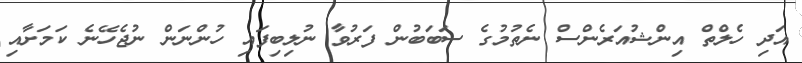
އަދި ހެލްތް އިންޝުއަރެންސް ނެތުމުގެ ސަބަބުން ފަރުވާ ނުލިބިފައި ހުންނަން ނުޖެހޭނެ ކަމަށާއި